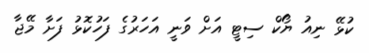
ކުޅޭ ނިއު ޔޯކް ސިޓީ އަށް ވަނީ އަހަރުގެ ފަހުކޮޅު ފަށާ މޭޖާ